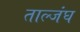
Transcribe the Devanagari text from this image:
ताल्जंघ